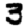
Digit: 3